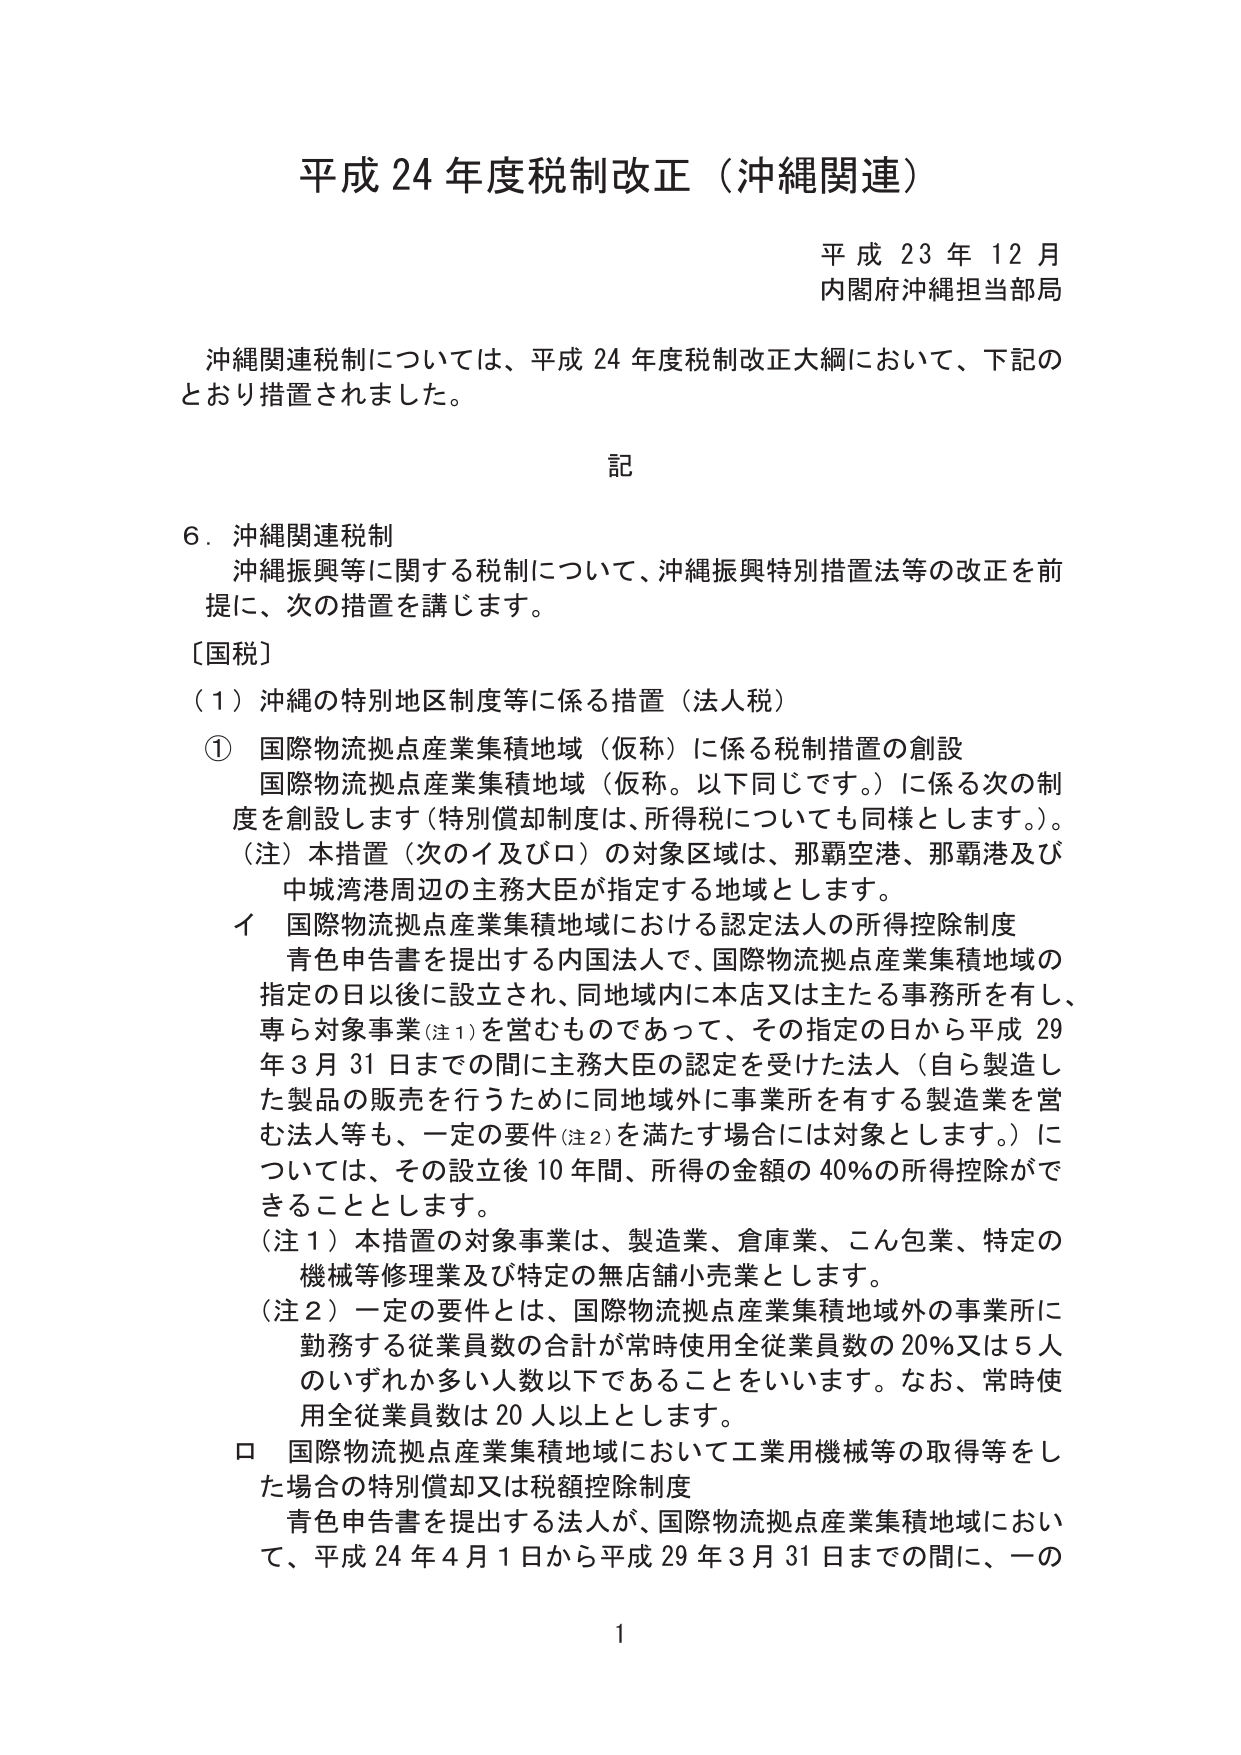
平成 24 年度税制改正（沖縄関連）

平成 23 年 12 月
内閣府沖縄担当部局

沖縄関連税制については、平成 24 年度税制改正大綱において、下記のとおり措置されました。

記

6．沖縄関連税制
　沖縄振興等に関する税制について、沖縄振興特別措置法等の改正を前提に、次の措置を講じます。

［国税］
（1）沖縄の特別地区制度等に係る措置（法人税）
　① 国際物流拠点産業集積地域（仮称）に係る税制措置の創設
　　国際物流拠点産業集積地域（仮称。以下同じです。）に係る次の制度を創設します（特別償却制度は、所得税についても同様とします。）。
　　（注）本措置（次のイ及びロ）の対象区域は、那覇空港、那覇港及び中城湾港周辺の主務大臣が指定する地域とします。
　　イ 国際物流拠点産業集積地域における認定法人の所得控除制度
　　　青色申告書を提出する内国法人で、国際物流拠点産業集積地域の指定の日以後に設立され、同地域内に本店又は主たる事務所を有し、専ら対象事業（注1）を営むものであって、その指定の日から平成 29 年 3 月 31 日までの間に主務大臣の認定を受けた法人（自ら製造した製品の販売を行うために同地域外に事業所を有する製造業を営む法人等も、一定の要件（注2）を満たす場合には対象とします。）については、その設立後 10 年間、所得の金額の 40％の所得控除ができることとします。
　　（注1）本措置の対象事業は、製造業、倉庫業、こん包業、特定の機械等修理業及び特定の無店舗小売業とします。
　　（注2）一定の要件とは、国際物流拠点産業集積地域外の事業所に勤務する従業員数の合計が常時使用全従業員数の 20％又は 5 人のいずれか多い人数以下であることをいいます。なお、常時使用全従業員数は 20 人以上とします。
　　ロ 国際物流拠点産業集積地域において工業用機械等の取得等をした場合の特別償却又は税額控除制度
　　　青色申告書を提出する法人が、国際物流拠点産業集積地域において、平成 24 年 4 月 1 日から平成 29 年 3 月 31 日までの間に、一の

1